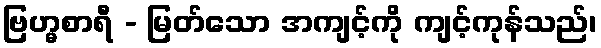
ဗြဟ္မစာရီ - မြတ်သော အကျင့်ကို ကျင့်ကုန်သည်၊